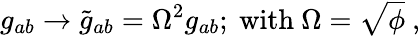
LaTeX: g_{ab}\rightarrow\tilde{g}_{ab}=\Omega^{2}g_{ab};~\textrm{with}~\Omega=\sqrt{\phi}~,